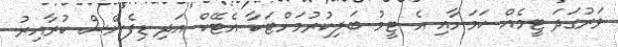
ވަރުގަދަ ޓީމެއް ކަމަށާއި އެ ޓީމު ބަލިކުރުމަށްޓަކާ އެޓޭކް އަދި ޑިފެންސް ކުރާއިރު